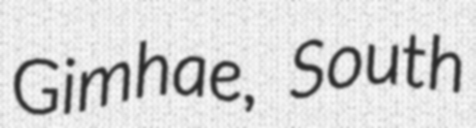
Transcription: Gimhae, South